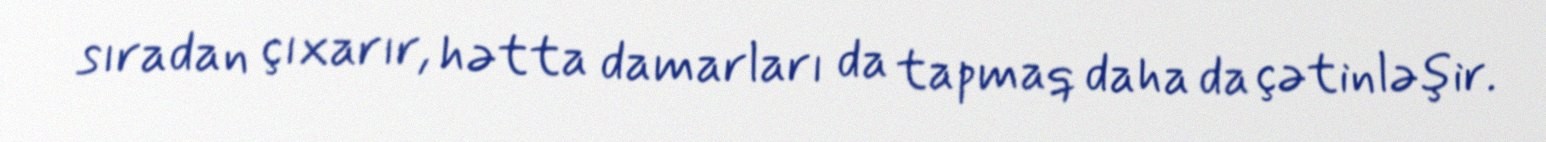
sıradan çıxarır, hətta damarları da tapmaq daha da çətinləşir.